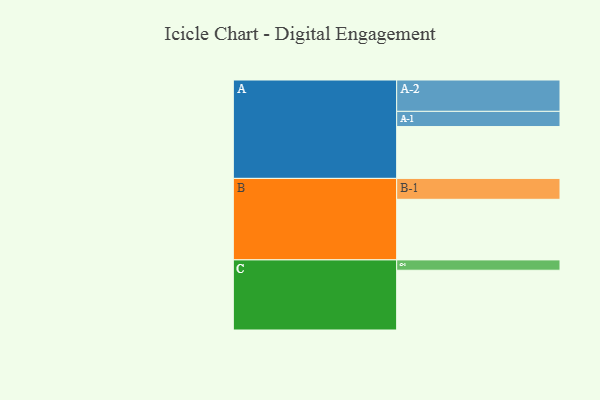
{"axis": {"x": "Segment", "y": "Value"}, "legend": ["", "A", "B", "C"], "data": [{"x": "A", "y": 491, "type": ""}, {"x": "B", "y": 574, "type": ""}, {"x": "C", "y": 566, "type": ""}, {"x": "A-1", "y": 144, "type": "A"}, {"x": "A-2", "y": 297, "type": "A"}, {"x": "B-1", "y": 198, "type": "B"}, {"x": "C-1", "y": 98, "type": "C"}]}